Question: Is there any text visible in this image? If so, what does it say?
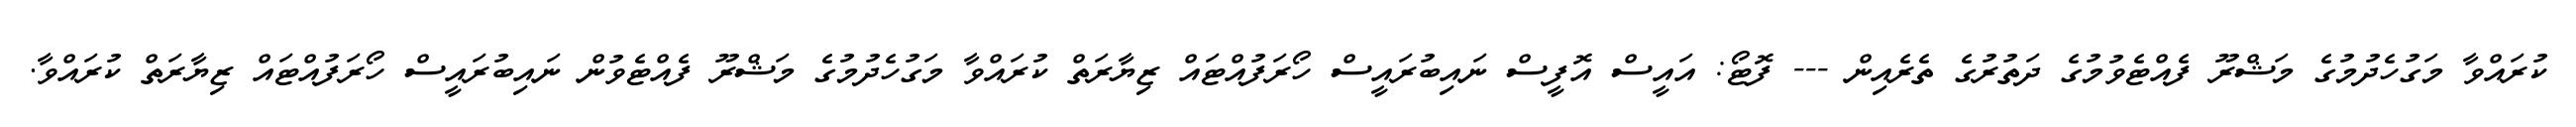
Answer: ކުރައްވާ މަގުހެދުމުގެ މަޝްރޫ ފެއްޓެވުމުގެ ދަތުރުގެ ތެރެއިން --- ފޮޓޯ: އައީސް އޮފީސް ނައިބުރައީސް ހޯރަފުއްޓައް ޒިޔާރަތް ކުރައްވާ މަގުހެދުމުގެ މަޝްރޫ ފެއްޓެވުން ނައިބުރައީސް ހޯރަފުއްޓައް ޒިޔާރަތް ކުރައްވާ.